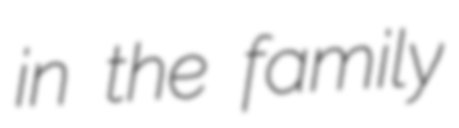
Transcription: in the family